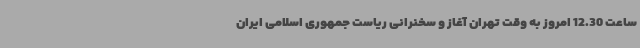
ساعت 12.30 امروز به وقت تهران آغاز و سخنرانی ریاست جمهوری اسلامی ایران